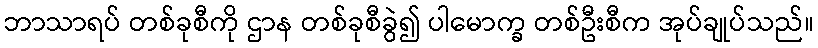
ဘာသာရပ် တစ်ခုစီကို ဌာန တစ်ခုစီခွဲ၍ ပါမောက္ခ တစ်ဦးစီက အုပ်ချုပ်သည်။